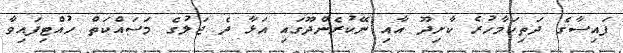
ފައިސާގެ ދަތިކަމާހުރެ ކާށިދޫ އާއި ނޭކުރެންދޫގައި އަޅާ ދެ ޖަލުގެ މަސައްކަތް ހުއްޓިފައިވާ